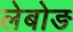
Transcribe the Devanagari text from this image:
लेबोङ